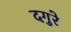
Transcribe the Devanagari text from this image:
दगुरे